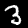
Digit: 3